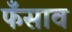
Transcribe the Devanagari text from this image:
फँसाव